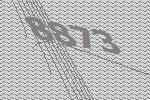
8873